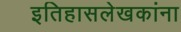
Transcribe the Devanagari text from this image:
इतिहासलेखकांना